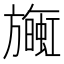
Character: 𪰄